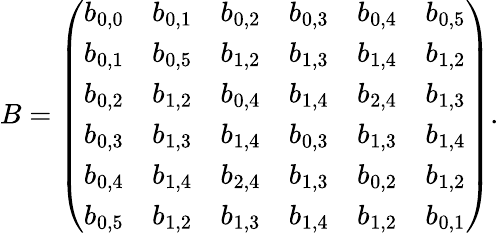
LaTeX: B=\left(\begin{array}{llllll}{b_{0,0}}&{b_{0,1}}&{b_{0,2}}&{b_{0,3}}&{b_{0,4}}&{b_{0,5}}\\ {b_{0,1}}&{b_{0,5}}&{b_{1,2}}&{b_{1,3}}&{b_{1,4}}&{b_{1,2}}\\ {b_{0,2}}&{b_{1,2}}&{b_{0,4}}&{b_{1,4}}&{b_{2,4}}&{b_{1,3}}\\ {b_{0,3}}&{b_{1,3}}&{b_{1,4}}&{b_{0,3}}&{b_{1,3}}&{b_{1,4}}\\ {b_{0,4}}&{b_{1,4}}&{b_{2,4}}&{b_{1,3}}&{b_{0,2}}&{b_{1,2}}\\ {b_{0,5}}&{b_{1,2}}&{b_{1,3}}&{b_{1,4}}&{b_{1,2}}&{b_{0,1}}\end{array}\right).